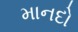
માનદો